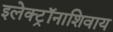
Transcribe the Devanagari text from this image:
इलेक्ट्रॉनाशिवाय